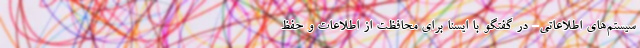
سیستم‌های اطلاعاتی- در گفتگو با ایسنا برای محافظت از اطلاعات و حفظ